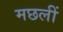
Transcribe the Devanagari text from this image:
मछलीं